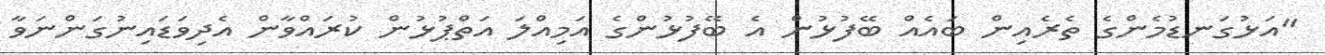
"އަޅުގަނޑުމެންގެ ތެރެއިން ބައެއް ބޭފުޅުން އެ ބޭފުޅުންގެ އަމިއްލަ އަތްޕުޅުން ކުރައްވާން އެދިވަޑައިނުގަންނަވާ